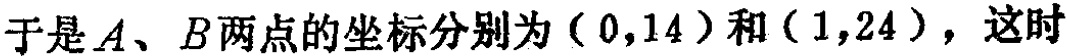
于是\(A、B\)两点的坐标分别为\((0,14)\)和\((1,24)\)，这时